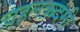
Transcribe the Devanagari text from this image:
चहलक़दमी